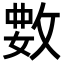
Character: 𫾺